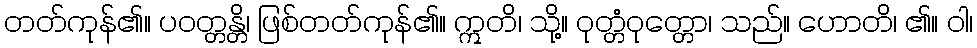
တတ်ကုန်၏။ ပဝတ္တန္တိ၊ ဖြစ်တတ်ကုန်၏။ ဣတိ၊ သို့။ ဝုတ္တံဝုတ္တော၊ သည်။ ဟောတိ၊ ၏။ ဝါ၊